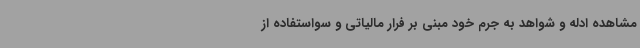
مشاهده ادله و شواهد به جرم خود مبنی بر فرار مالیاتی و سواستفاده از